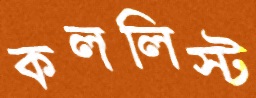
কললিস্ট